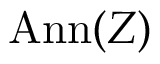
\mathrm { A n n } ( Z )